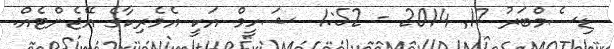
ޑިސެމްބަރު 17